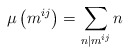
\begin{align*}\mu\left(m^{ij}\right)= \sum_{n|m^{ij}} n\end{align*}